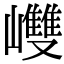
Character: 𡾼